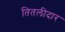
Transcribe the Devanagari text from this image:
तितलीदार